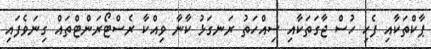
ޕާކްތަކާއި ފެހި ހުސް ޖާގަތަކާއި ސިއްހަތު ރަނގަޅު ކާނާ ވިއްކާ ރެސްޓޯރަންޓްތައް ގިނަވެފައި